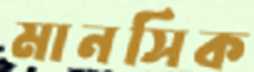
মানসিক